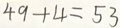
4 9 + 4 = 5 3